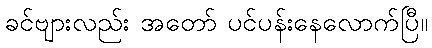
ခင်ဗျားလည်း အတော် ပင်ပန်းနေလောက်ပြီ။